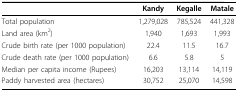
<table><thead><tr><td></td><td><b>Kandy</b></td><td><b>Kegalle</b></td><td><b>Matale</b></td></tr></thead><tbody><tr><td>Total population</td><td>1,279,028</td><td>785,524</td><td>441,328</td></tr><tr><td>Land area (km<sup>2</sup>)</td><td>1,940</td><td>1,693</td><td>1,993</td></tr><tr><td>Crude birth rate (per 1000 population)</td><td>22.4</td><td>11.5</td><td>16.7</td></tr><tr><td>Crude death rate (per 1000 population)</td><td>6.6</td><td>5.8</td><td>5</td></tr><tr><td>Median per capita income (Rupees)</td><td>16,203</td><td>13,114</td><td>14,119</td></tr><tr><td>Paddy harvested area (hectares)</td><td>30,752</td><td>25,070</td><td>14,598</td></tr></tbody></table>